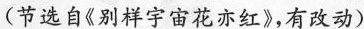
(节选自《别祥宇宙花亦红》，有改动)